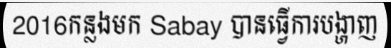
2016កន្លងមក Sabay បានធ្វើការបង្ហាញ